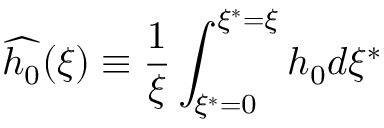
\widehat { h _ { 0 } } ( \xi ) \equiv \frac { 1 } { \xi } \int _ { \xi ^ { * } = 0 } ^ { \xi ^ { * } = \xi } h _ { 0 } d \xi ^ { * }